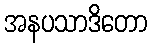
အနပသာဒိတော